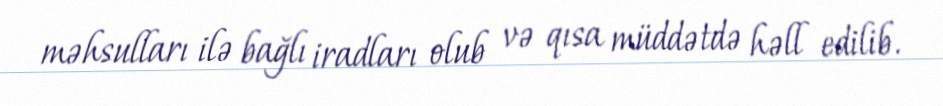
məhsulları ilə bağlı iradları olub və qısa müddətdə həll edilib.